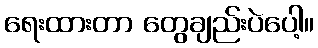
ရေးထားတာ တွေချည်းပဲပေါ့။